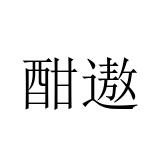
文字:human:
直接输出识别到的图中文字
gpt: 酣遨